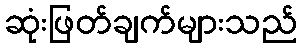
ဆုံးဖြတ်ချက်များသည်